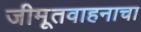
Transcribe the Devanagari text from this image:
जीमूतवाहनाचा